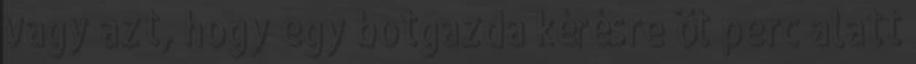
vagy azt, hogy egy botgazda kérésre öt perc alatt